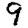
Digit: 9